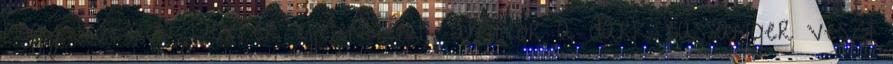
hogy közben Dexter éjjelenként, amikor a dark passanger veszi